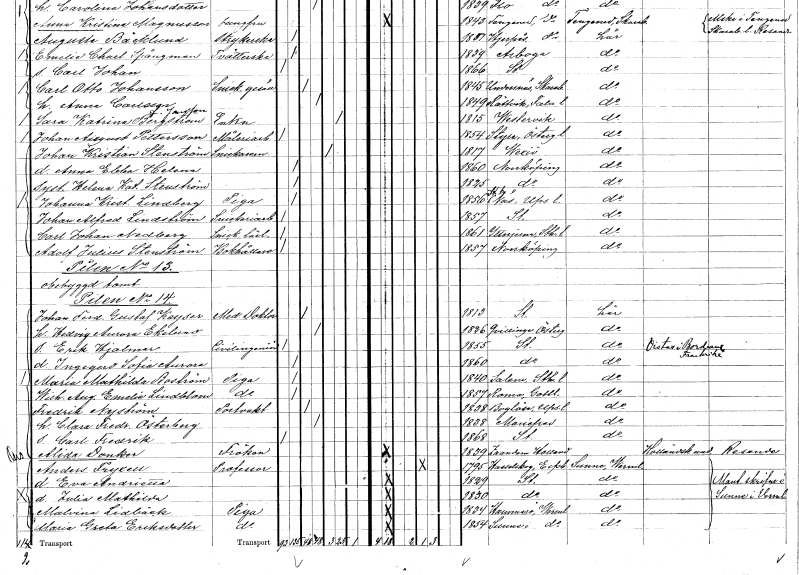
gt_parse: households: individuals: FN: Johanna Kristina
EN: Lindberg
YRKE: Piga
KON: K
CIV: O
FODAR: 1856
FODFORS: Näs Stockholms län
FN: Johan Alfred
EN: Lindström
YRKE: Snickeriarbetare
KON: M
CIV: O
FODAR: 1857
FODFORS: Stockholm
FN: Carl Johan
EN: Nedberg
YRKE: Snickarelärling
KON: M
CIV: O
FODAR: 1861
FODFORS: Ytterjärna Stockholms län
FN: Adolf Julius
EN: Stenström
YRKE: Bokhållare
KON: M
CIV: O
FODAR: 1857
FODFORS: Norrköping Östergötlands län
FN: Johan Ferdinand Gustaf
EN: Keyser
YRKE: Medicine doktor
KON: M
CIV: G
FODAR: 1813
FODFORS: Stockholm
FN: Hedvig Aurora
EN: Ekelund
KON: K
CIV: G
FODAR: 1826
FODFORS: Kvillinge Östergötlands län
FN: Erik Hjalmar
YRKE: Civilingenjör
KON: M
CIV: O
FODAR: 1855
FODFORS: Stockholm
FN: Ingegerd Sofia Aurora
KON: K
CIV: O
FODAR: 1860
FODFORS: Stockholm
FN: Maria Mathilda
EN: Boström
YRKE: Piga
KON: K
CIV: O
FODAR: 1840
FODFORS: Salem Stockholms län
FN: Wilhelmina Augusta Emelie
EN: Lindblom
YRKE: Piga
KON: K
CIV: O
FODAR: 1857
FODFORS: Roma Gotlands län
FN: Fredrik
EN: Nyström
YRKE: Portvakt
KON: M
CIV: G
FODAR: 1838
FODFORS: Boglösa Uppsala län
FN: Clara Fredrika
EN: Österberg
KON: K
CIV: G
FODAR: 1838
FODFORS: Mariefred Södermanlands län
FN: Carl Fredrik
KON: M
CIV: O
FODAR: 1868
FODFORS: Stockholm
FN: Alida
EN: Dunker
KON: K
CIV: O
FODAR: 1839
FN: Anders
EN: Fryxell
YRKE: Professor
KON: M
CIV: E
FODAR: 1795
FODFORS: Hasselskog Älvsborgs län
FN: Eva Andrietta
KON: K
CIV: O
FODAR: 1829
FODFORS: Stockholm
FN: Julia Mathilda
KON: K
CIV: O
FODAR: 1830
FODFORS: Stockholm
FN: Malvina
EN: Lidbäck
YRKE: Piga
KON: K
CIV: O
FODAR: 1834
FODFORS: Hammarö Värmlands län
FN: Maria Greta
EN: Eriksdotter
YRKE: Piga
KON: K
CIV: O
FODAR: 1854
FODFORS: Sunne Värmlands län